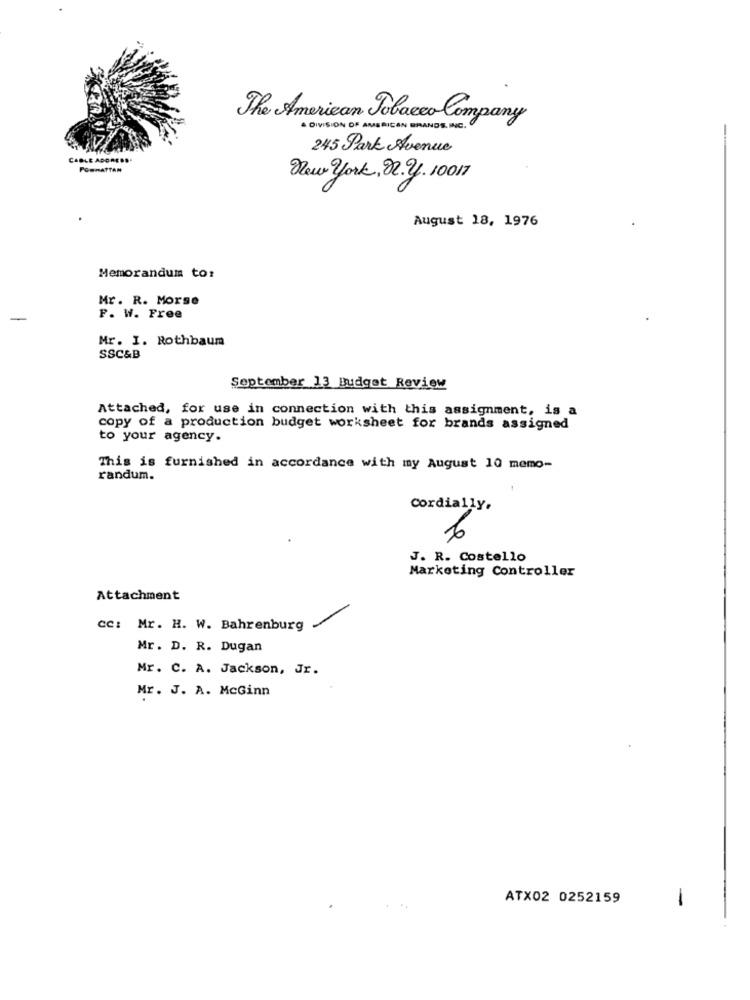
The American Tobacco Company
DIVISION OF AMERICAN BRANDS. INC.
245 Park Avenue
CABLE ADORESS
PORMATTAN
New york, 22. y. 10017
August 18, 1976
Memorandum to:
Mr. R. Morse
P. W. Free
Mr. I. Rothbaum
SSC&B
September 13 Budget Review
Attached, for use in connection with this assignment, is a
copy of a production budget worksheet for brands assigned
to your agency.
This is furnished in accordance with my August 10 memo-
randum.
Cordially,
6
J. R. Costello
Marketing Controller
Attachment
CC: Mr. H. W. Bahrenburg
Mr. D. R. Dugan
Mr. C. A. Jackson, Jr.
Mr. J. A. McGinn
ATX02 0252159
-